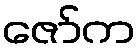
ဇော်က